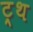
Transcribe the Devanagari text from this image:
ट्र्थ